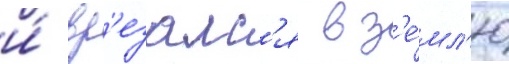
и́ вр'езалс'я в з'е́мл'ю